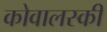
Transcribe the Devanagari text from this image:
कोवालस्की